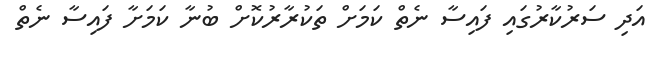
އަދި ސަރުކާރުގައި ފައިސާ ނެތް ކަމަށް ތަކުރާރުކޮށް ބުނާ ކަމަށާ ފައިސާ ނެތް